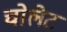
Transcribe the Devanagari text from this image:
चोलेट